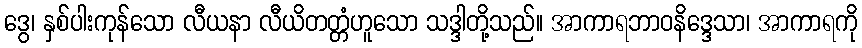
ဒွေ၊ နှစ်ပါးကုန်သော လီယနာ လီယိတတ္တံဟူသော သဒ္ဒါတို့သည်။ အာကာရဘာဝနိဒ္ဒေသာ၊ အာကာရကို